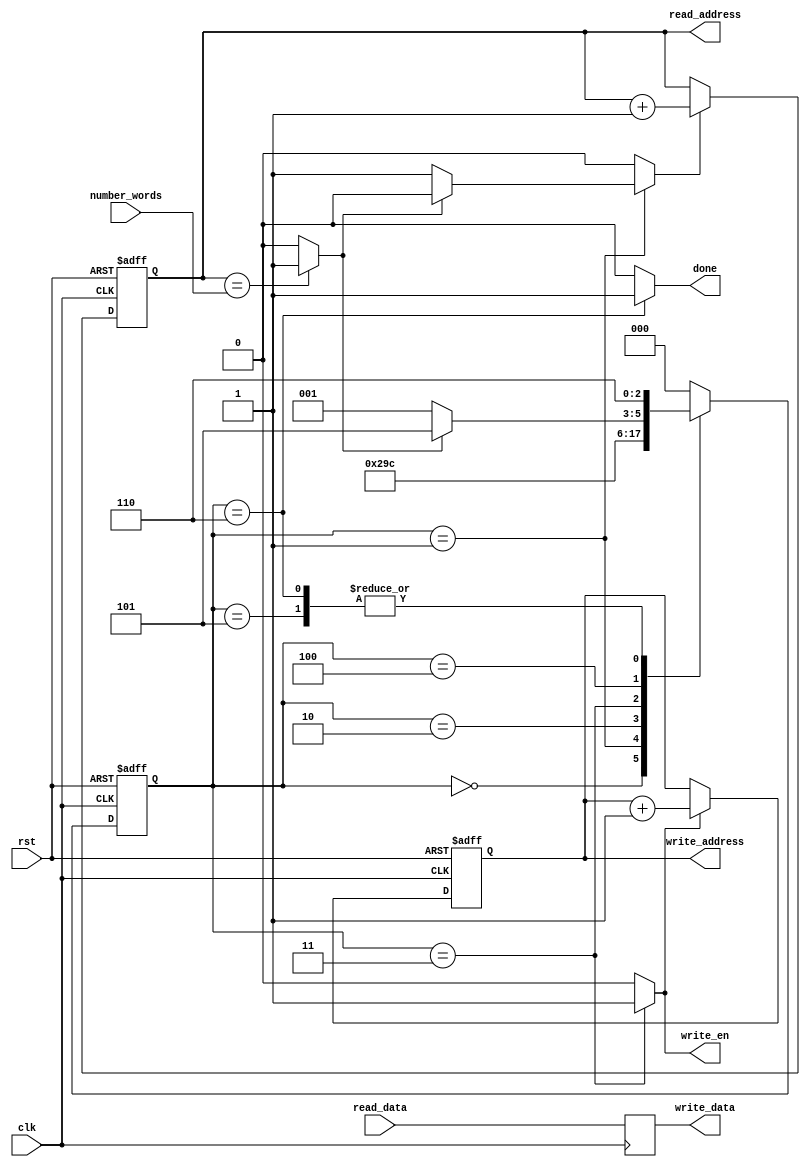
`timescale 1ns / 1ps

/***************************************************************************************************
    1. Design Name:             copy_words
    2. Preparation Date:        May 04, 2021
    3. Initial designed by:     Dr. Sujoy Sinha Roy and Andrea Basso
    4. Design optimized by:     Malik Imran and Samuel Pagliarini (Tallinn University of Technology, Estonia)              
    
    Note! The codes are for academic research use only and does not come with any support or any responsibility. 
****************************************************************************************************/
/* -- --*/
/*
	Copies n words from addr1 to addr2
*/

module copy_words(clk, rst, number_words, read_address, read_data, write_address, write_data, write_en, done);
input clk, rst;
input [8:0] number_words;
output reg [8:0] read_address;
input [63:0] read_data;

output reg [8:0] write_address;
output [63:0] write_data;
output reg write_en;
output done;

reg [63:0] temp;
reg [2:0] state, nextstate;
reg [8:0] write_address_r;
reg write_en_r;
reg read_address_en;
wire all_words_copied;

always @(posedge clk or posedge rst)
begin
	if(rst)
		read_address <= 9'd0;
	else if(read_address_en)
		read_address <= read_address + 1'b1;
	else	
		read_address <= read_address;
end

assign all_words_copied = (read_address == number_words) ? 1'b1 : 1'b0;

always @(posedge clk or posedge rst)
begin
	if(rst)
		write_address <= 9'd0;
	else if(write_en)
		write_address <= write_address + 1'b1;
	else	
		write_address <= write_address;
end
 
always @(posedge clk)
begin
	//write_address_r <= read_address;
	//write_address <= write_address_r;
	temp <= read_data;
end

assign write_data = temp;


//always @(posedge clk)
//begin
//	if(rst)
//		begin write_en <= 1'b0; write_en_r <= 1'b0; end
//	else	
//		begin write_en_r <= read_address_en; write_en <= write_en_r; end
//end

		
always @(posedge clk or posedge rst)
begin
	if(rst)
		state <= 3'd0;
	else
		state <= nextstate;
end

always @(*)
begin
	case(state)
	3'd0: begin 
	       read_address_en = 1'b0; write_en =1'b0; nextstate = 3'd1;
	      end
	3'd1: begin
		      if(all_words_copied!=1'b1)begin
		          read_address_en = 1'b1; write_en =1'b0; nextstate = 3'd2;
		      end else begin
		          read_address_en = 1'b0; write_en =1'b0; nextstate = 3'd2;
		      end
		   end
	3'd2: begin read_address_en = 1'b0; write_en =1'b0; nextstate = 3'd3; end
	3'd3: begin read_address_en = 1'b0; write_en =1'b1; nextstate = 3'd4; end 	
	3'd4: begin 
	       if(all_words_copied!=1'b1) begin
		          read_address_en = 1'b0; write_en =1'b0; nextstate = 3'd1;
		      end else begin
		          read_address_en = 1'b0; write_en =1'b0; nextstate = 3'd5;
		      end
		  end
	3'd5: begin read_address_en = 1'b0; write_en =1'b0; nextstate = 3'd6; end
	3'd6: begin read_address_en = 1'b0; write_en =1'b0; nextstate = 3'd6; end // included by Malik
	default: begin read_address_en = 1'b0; write_en =1'b0; nextstate = 3'd0; end		
	endcase					
end		

assign done = (state==3'd6) ? 1'b1 : 1'b0;

endmodule